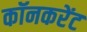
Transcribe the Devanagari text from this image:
कॉनकरेंट